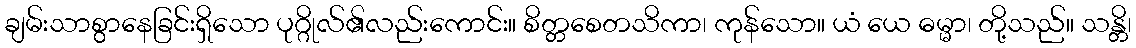
ချမ်းသာစွာနေခြင်းရှိသော ပုဂ္ဂိုလ်၏လည်းကောင်း။ စိတ္တစေတသိကာ၊ ကုန်သော။ ယံ ယေ ဓမ္မာ၊ တို့သည်။ သန္တိ၊